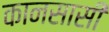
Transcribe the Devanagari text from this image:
कानसासी